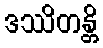
ဒဿိတန္တိ